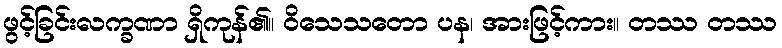
ဖွင့်ခြင်းလက္ခဏာ ရှိကုန်၏။ ဝိသေသတော ပန၊ အားဖြင့်ကား။ တဿ တဿ